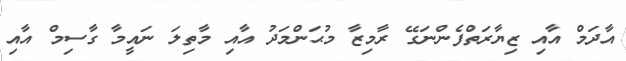
އާދަމް އާއި ޒިޔާރަތްފެންނަގޭ ރާމިޒާ މުޙަންމަދު އާއި މާތިލަ ނައީމާ ގާސިމް އާއި